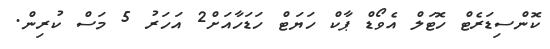
ކޮންސިޑަރެޓް ހޮޓަލް އެވޯޑް ޕާކް ހަޔަޓް ހަޑަހާއަށް2 އަހަރު 5 މަސް ކުރިން.